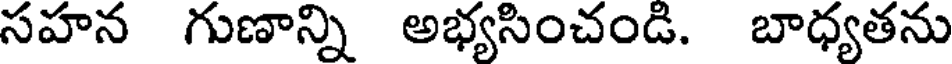
సహన గుణాన్ని అభ్యసించండి. బాధ్యతను